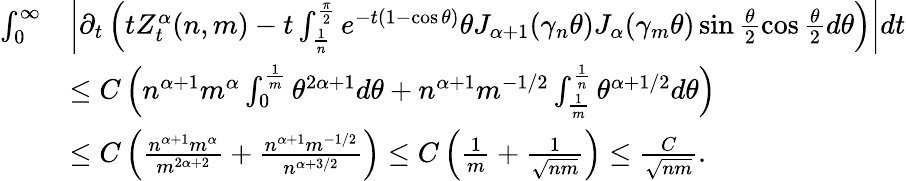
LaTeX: \begin{array}{rl}{\int_{0}^{\infty}}&{\left|\partial_{t}\left(tZ_{t}^{\alpha}(n,m)-t\int_{\frac{1}{n}}^{\frac{\pi}{2}}e^{-t(1-\cos\theta)}\theta J_{\alpha+1}(\gamma_{n}\theta)J_{\alpha}(\gamma_{m}\theta)\sin\frac{\theta}{2}\cos\frac{\theta}{2}d\theta\right)\right|dt}\\ &{\le C\left(n^{\alpha+1}m^{\alpha}\int_{0}^{\frac{1}{m}}\theta^{2\alpha+1}d\theta+n^{\alpha+1}m^{-1/2}\int_{\frac{1}{m}}^{\frac{1}{n}}\theta^{\alpha+1/2}d\theta\right)}\\ &{\le C\left(\frac{n^{\alpha+1}m^{\alpha}}{m^{2\alpha+2}}+\frac{n^{\alpha+1}m^{-1/2}}{n^{\alpha+3/2}}\right)\le C\left(\frac{1}{m}+\frac{1}{\sqrt{nm}}\right)\le\frac{C}{\sqrt{nm}}.}\end{array}